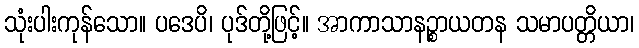
သုံးပါးကုန်သော။ ပဒေပိ၊ ပုဒ်တို့ဖြင့်။ အာကာသာနဉ္စာယတန သမာပတ္တိယာ၊